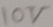
Text: 10V